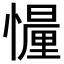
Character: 𢢳